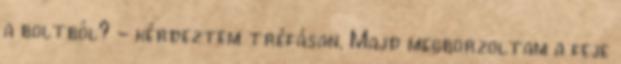
a boltból? - kérdeztem tréfásan. Majd megborzoltam a feje